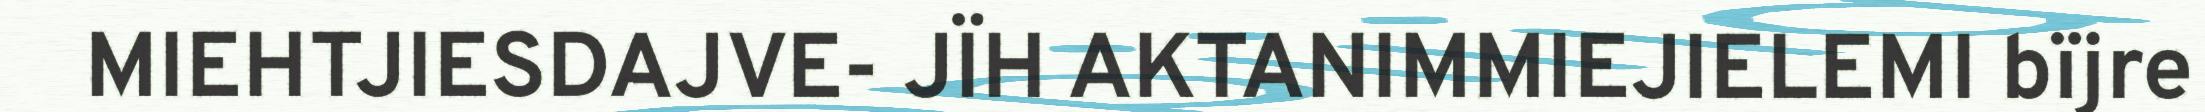
MIEHTJIESDAJVE- JÏH AKTANIMMIEJIELEMI bïjre